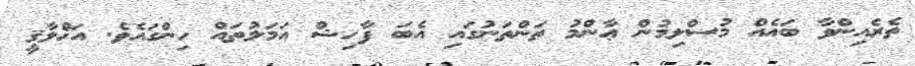
ތެރެއިންވާ ބައެއް މުސްލިމުން ޢާންމު ތަންތަނުގައި އެބަ ފާހިޝް އަމަލުތައް ހިންގައެވެ. އަޚްލާޤީ